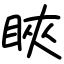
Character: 䀹